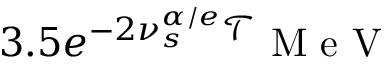
3 . 5 e ^ { - 2 \nu _ { s } ^ { \alpha / e } \mathcal { T } } \mathrm { ~ M ~ e ~ V ~ }